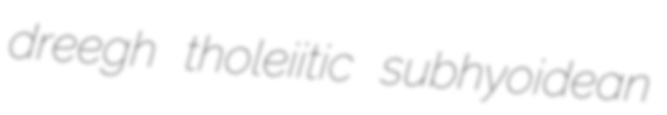
dreegh tholeiitic subhyoidean